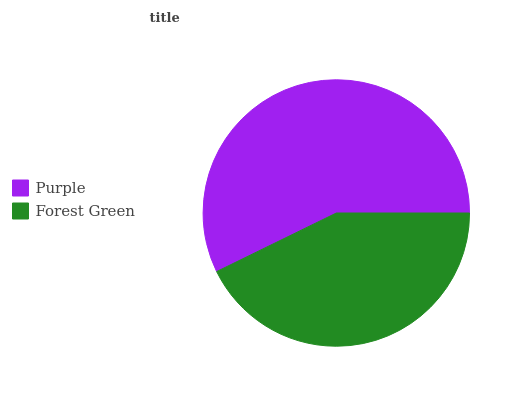
| Purple | Forest Green |
 | --- | --- |
 | 57.2% | 42.8% |